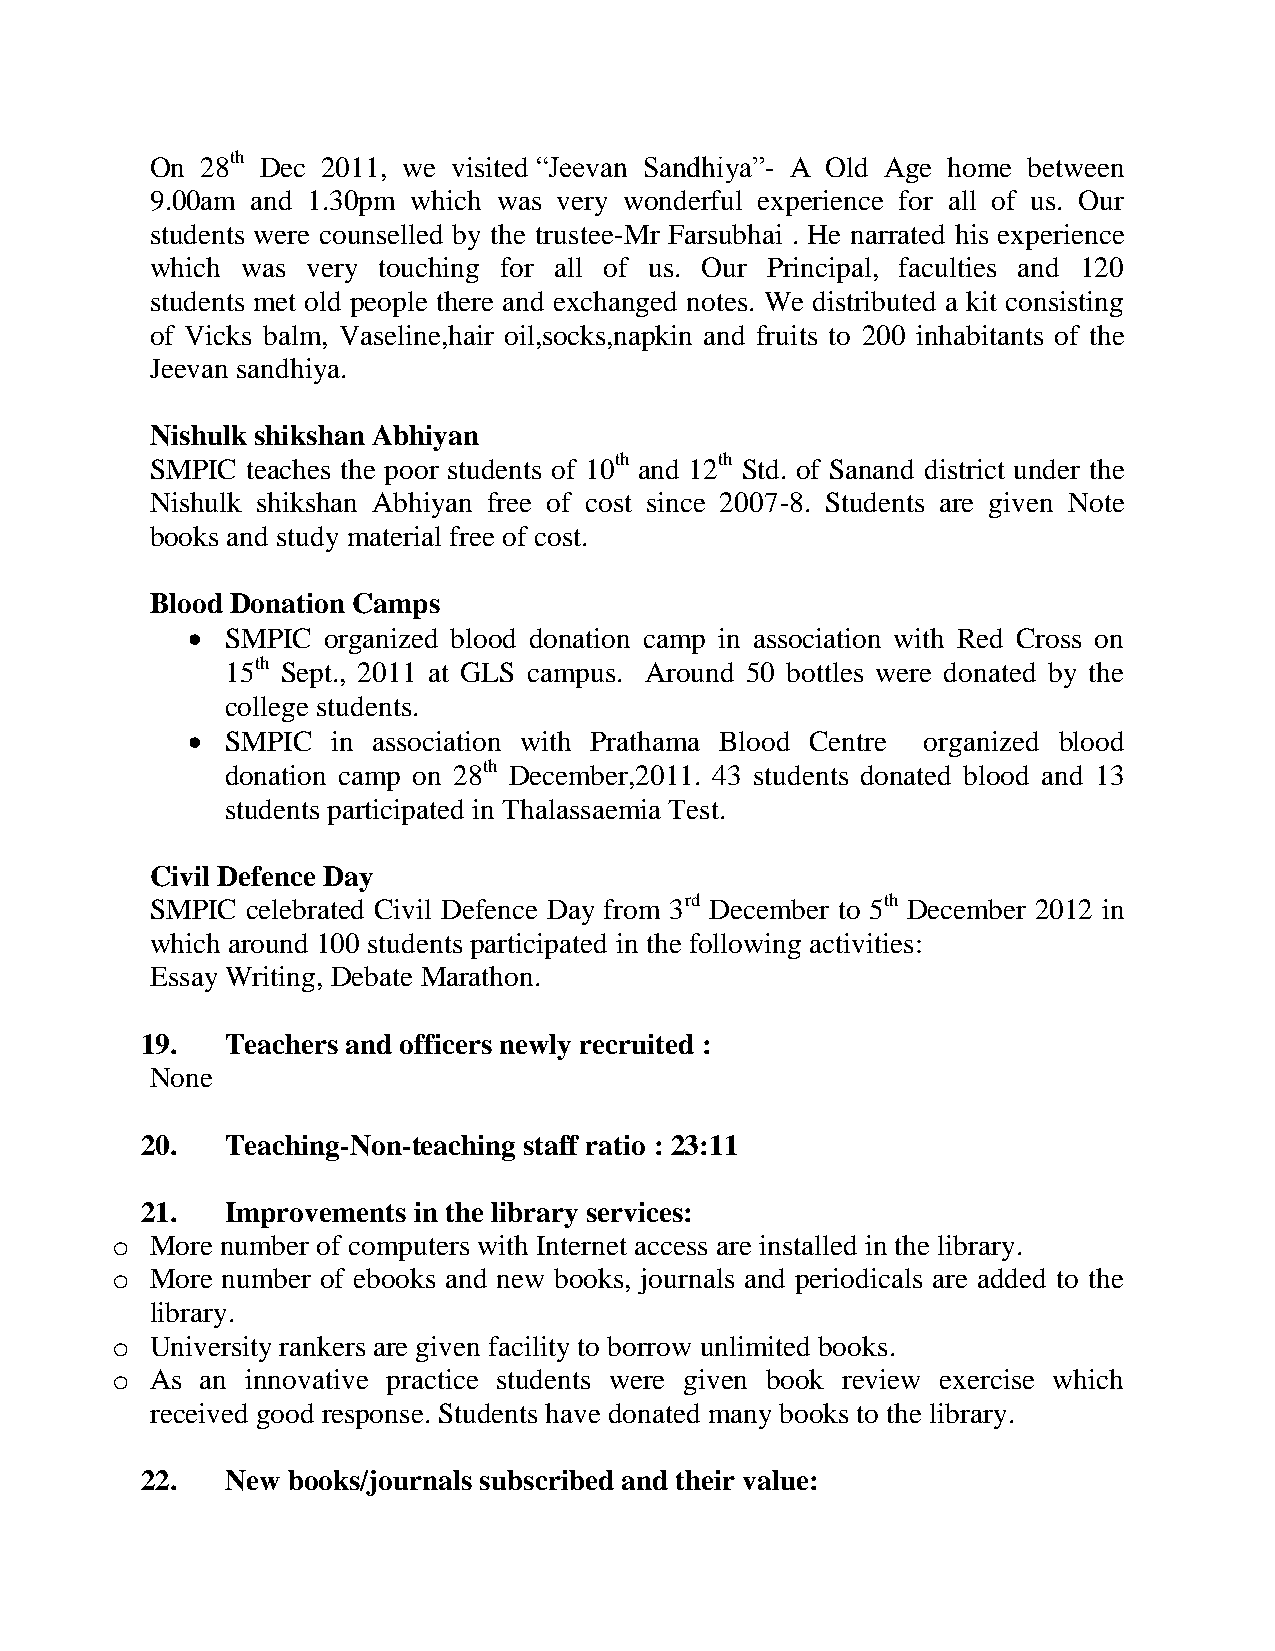
On 28th Dec 2011, we visited “Jeevan Sandhiya”- A Old Age home between
 9.00am and 1.30pm which was very wonderful experience for all of us. Our
 students were counselled by the trustee-Mr Farsubhai . He narrated his experience
 which was very touching for all of us. Our Principal, faculties and 120
 students met old people there and exchanged notes. We distributed a kit consisting
 of Vicks balm, Vaseline,hair oil,socks,napkin and fruits to 200 inhabitants of the
 Jeevan sandhiya.
 Nishulk shikshan Abhiyan
 SMPIC teaches the poor students of 10th and 12th Std. of Sanand district under the
 Nishulk shikshan Abhiyan free of cost since 2007-8. Students are given Note
 books and study material free of cost.
 Blood Donation Camps
   SMPIC organized blood donation camp in association with Red Cross on
 15th Sept., 2011 at GLS campus. Around 50 bottles were donated by the
 college students.
   SMPIC  in association with Prathama Blood Centre organized blood
 donation camp on 28th December,2011. 43 students donated blood and 13
 students participated in Thalassaemia Test.
 Civil Defence Day
 SMPIC celebrated Civil Defence Day from 3rd December to 5th December 2012 in
 which around 100 students participated in the following activities:
 Essay Writing, Debate Marathon.
 19.   Teachers and officers newly recruited :
 None
 20.   Teaching-Non-teaching staff ratio : 23:11
 21.   Improvements in the library services:
 o  More number of computers with Internet access are installed in the library.
 o  More number of ebooks and new books, journals and periodicals are added to the
 library.
 o  University rankers are given facility to borrow unlimited books.
 o  As an innovative practice students were given book review exercise which
 received good response. Students have donated many books to the library.
 22.   New books/journals subscribed and their value: